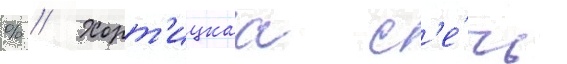
% // Хорт'ицкаа с'е́чь